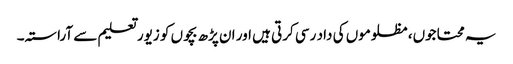
یہ محتاجوں، مظلوموں کی داد رسی کرتی ہیں اور ان پڑھ بچوں کو زیور تعلیم سے آراستہ۔